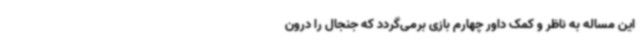
این مساله به ناظر و کمک داور چهارم بازی برمی‌گردد که جنجال را درون